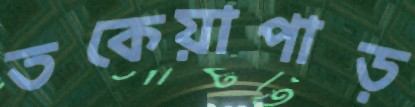
তকেয়াপাড়